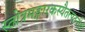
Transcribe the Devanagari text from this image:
स्तोत्रमङ्गारकस्यैतत्पठनीयं